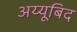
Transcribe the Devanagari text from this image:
अय्यूबिद